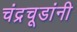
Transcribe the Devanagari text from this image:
चंद्रचूडांनी